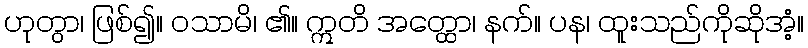
ဟုတွာ၊ ဖြစ်၍။ ဝသာမိ၊ ၏။ ဣတိ အတ္ထော၊ နက်။ ပန၊ ထူးသည်ကိုဆိုအံ့။